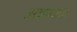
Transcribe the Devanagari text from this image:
अवयवचा